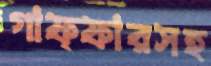
গাফ্ফারসহ